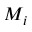
M _ { i }